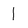
Character: 1